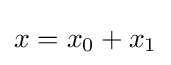
x=x_{0}+x_{1}